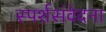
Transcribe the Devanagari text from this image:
स्पर्शसंवेदना